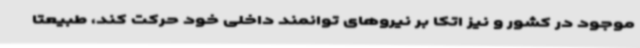
موجود در کشور و نیز اتکا بر نیروهای توانمند داخلی خود حرکت کند، طبیعتا